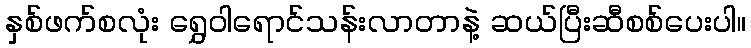
နှစ်ဖက်စလုံး ရွှေဝါရောင်သန်းလာတာနဲ့ ဆယ်ပြီးဆီစစ်ပေးပါ။